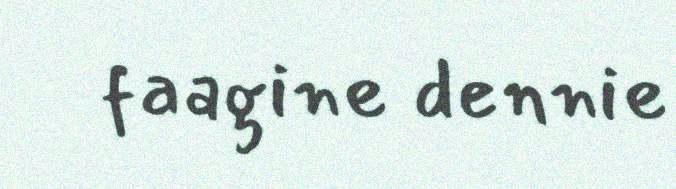
faagine dennie